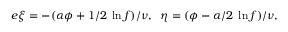
e \xi = - ( \alpha \phi + 1 / 2 \; \ln f ) / \nu , \; \; \eta = ( \phi - \alpha / 2 \; \ln f ) / \nu ,